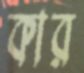
কার